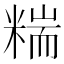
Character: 𥻁